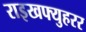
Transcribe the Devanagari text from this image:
राइखफ्युहरर